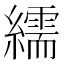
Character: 繻